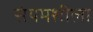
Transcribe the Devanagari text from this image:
संयमशीला